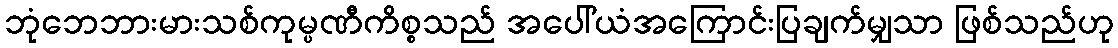
ဘုံဘေဘားမားသစ်ကုမ္ပဏီကိစ္စသည် အပေါ်ယံအကြောင်းပြချက်မျှသာ ဖြစ်သည်ဟု